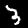
Label: 3